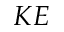
K E